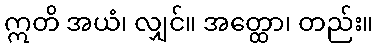
ဣတိ အယံ၊ လျှင်။ အတ္ထော၊ တည်း။